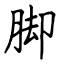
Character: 脚